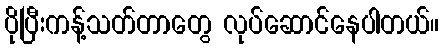
ပိုပြီးကန့်သတ်တာတွေ လုပ်ဆောင်နေပါတယ်။